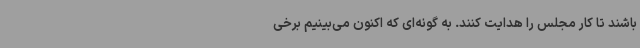
باشند تا کار مجلس را هدایت کنند. به گونه‌ای که اکنون می‌بینیم برخی